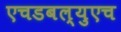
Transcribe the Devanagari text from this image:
एचडबल्युएच